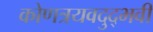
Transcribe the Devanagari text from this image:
कोणत्रयवदुद्भवी